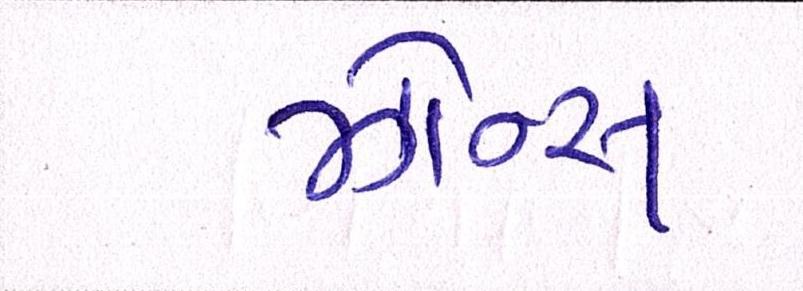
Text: ઝોન્સ